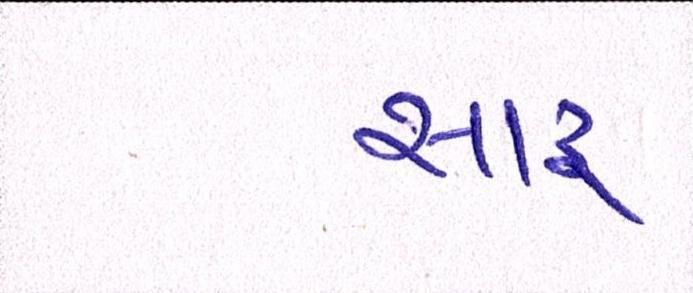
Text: સારુ